Report on the cultivation and use of ganja
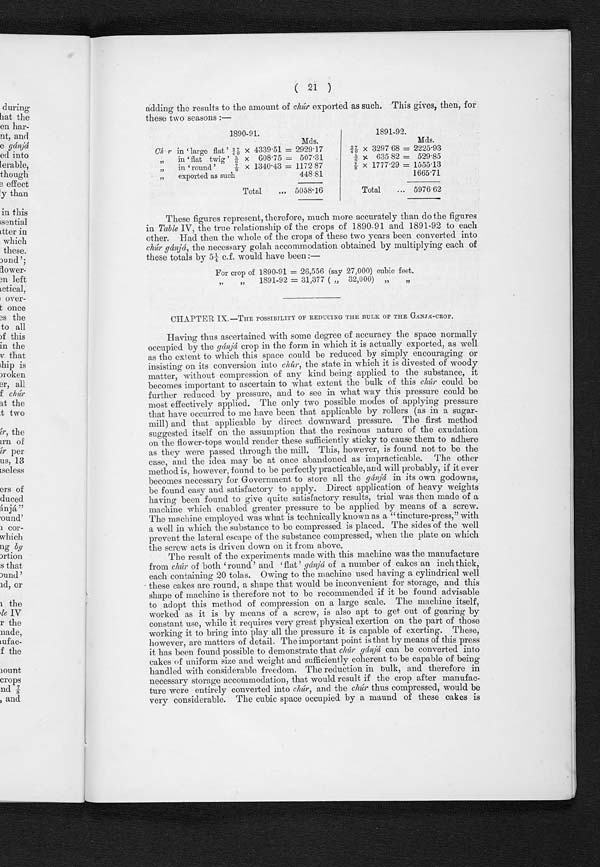
( 21 )
adding the results to the amount of chúr exported as such. This gives, then, for
these two seasons:—
1 8 9 0 - 9 1 .
1 8 9 1 - 9 2 .
Mds.
Mds.
chur in 'large flat' 27/40 x
4339.51 = 2929.17
27/40 X 3297.68 = 2225.93
" i n ' f l a t t w i g ' 5 / 6 x 6 0 8 . 7 5
=
5 0 7 . 3 1
5 / 6 x 6 3 5 8 2 = 529.85
" in 'round' 7/8 x 1 3 4 0 . 4 3 =1172.87
7/8 x 1777.29 = 1555.13
"
exported as such
4 4 8 . 8 1
1665.71
T o t a l . . .
5 0 5 8 . 1 6
T o t a l . . .
5 9 7 6 . 6 2
These figures represent, therefore, much more accurately than do the figures
in Table IV, the true relationship of the crops of 1890-91 and 1891-92 to each
other. Had then the whole of the crops of these two years been converted into
chúr gánjá, the necessary golah accommodation obtained by multiplying each of
these totals by 5¼ c.f. would have been:
—
For crop of 1890-91 = 26,556 ( say 27,000) cubic
feet. For crop of 1891-92 = 31,377 (say 32,000)
cubic feet.
CHAPTER IX.—THE
POSSIBILITY OF REDUCING THE BULK OF THE GANJA-CROP.
Having thus ascertained with some degree of accuracy the space normally
occupied by the gánjá crop in the form in which it is actually exported, as well
as the extent to which this space could be reduced by simply encouraging or
insisting on its conversion into chúr, the state in which it is divested of woody
matter, without compression of any kind being applied to the substance, it
becomes important to ascertain to what extent the bulk of this chúr could be
further reduced by pressure, and to see in what way this pressure could be
most effectively applied. The only two possible modes of applying pressure
that have occurred to me have been that applicable by rollers (as in a sugar
- m i l l ) a n d t h a t a p p l i c a b l e b y d i r e c t d o w n w a r d p r e s s u r e . T h e f i r s t m e t h o d
suggested itself on the assumption that the resinous nature of the exudation
on the flower-tops would render these sufficiently sticky to cause them to adhere
as they were passed through the mill. This, however, is found not to be the
case, and the idea may be at once abandoned as impracticable. The other
method is, however, found to be perfectly practicable, and will probably, if it ever
becomes necessary for Government to store all the gánjá in its own godowns,
be found easy and satisfactory to apply. Direct application of heavy weights
having been found to give quite satisfactory results, trial was then made of a
machine which enabled greater pressure to be applied by means of a screw.
The machine employed was what is technically known as a "tincture-press," with
a well in which the substance to be compressed is placed. The sides of the well
prevent the lateral escape of the substance compressed, when the plate on which
the screw acts is driven down on it from above.
The result of the experiments made with this machine was the manufacture
from chúr of both `round' and 'flat ' gánjá of a number of cakes an inch thick,
each containing 20 tolas. Owing to the machine used having a cylindrical well
these cakes are round, a shape that would be inconvenient for storage, and this
shape of machine is therefore not to be recommended if it be found advisable
to adopt this method of compression on a large scale. The machine itself,
worked as it is by means of a screw, is also apt to get out of gearing by
constant use, while it requires very great physical exertion on the part of those
working it to bring into play all the pressure it is capable of exerting. These,
however, are matters of detail. The important point is that by means of this press
it has been found possible to demonstrate that chúr gánjá can be converted into
cakes of uniform size and weight and sufficiently coherent to be capable of being
handled with considerable freedom. The reduction in bulk, and therefore in
necessary storage accommodation, that would result if the crop after manufac
- t u r e w e r e e n t i r e l y c o n v e r t e d i n t oc
h ú r
, a n d t h e
c h ú r
t h u s c o m p r e s s e d , w o u l d . b e
very considerable. The cubic space occupied by a maund of these cakes is